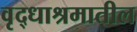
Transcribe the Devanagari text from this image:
वृद्धाश्रमातील